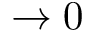
\rightarrow 0